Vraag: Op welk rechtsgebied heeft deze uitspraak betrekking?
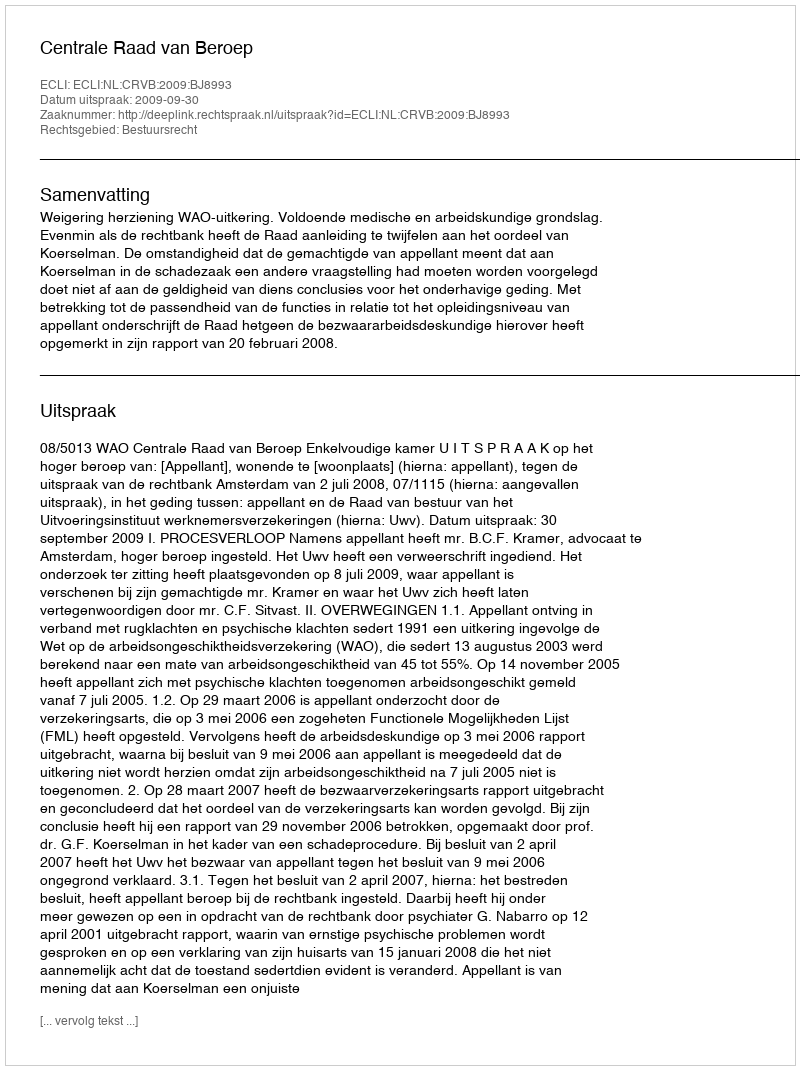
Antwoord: Bestuursrecht